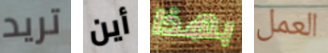
تريد أين بهذا العمل